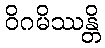
ဝိဂမိဿန္တိ